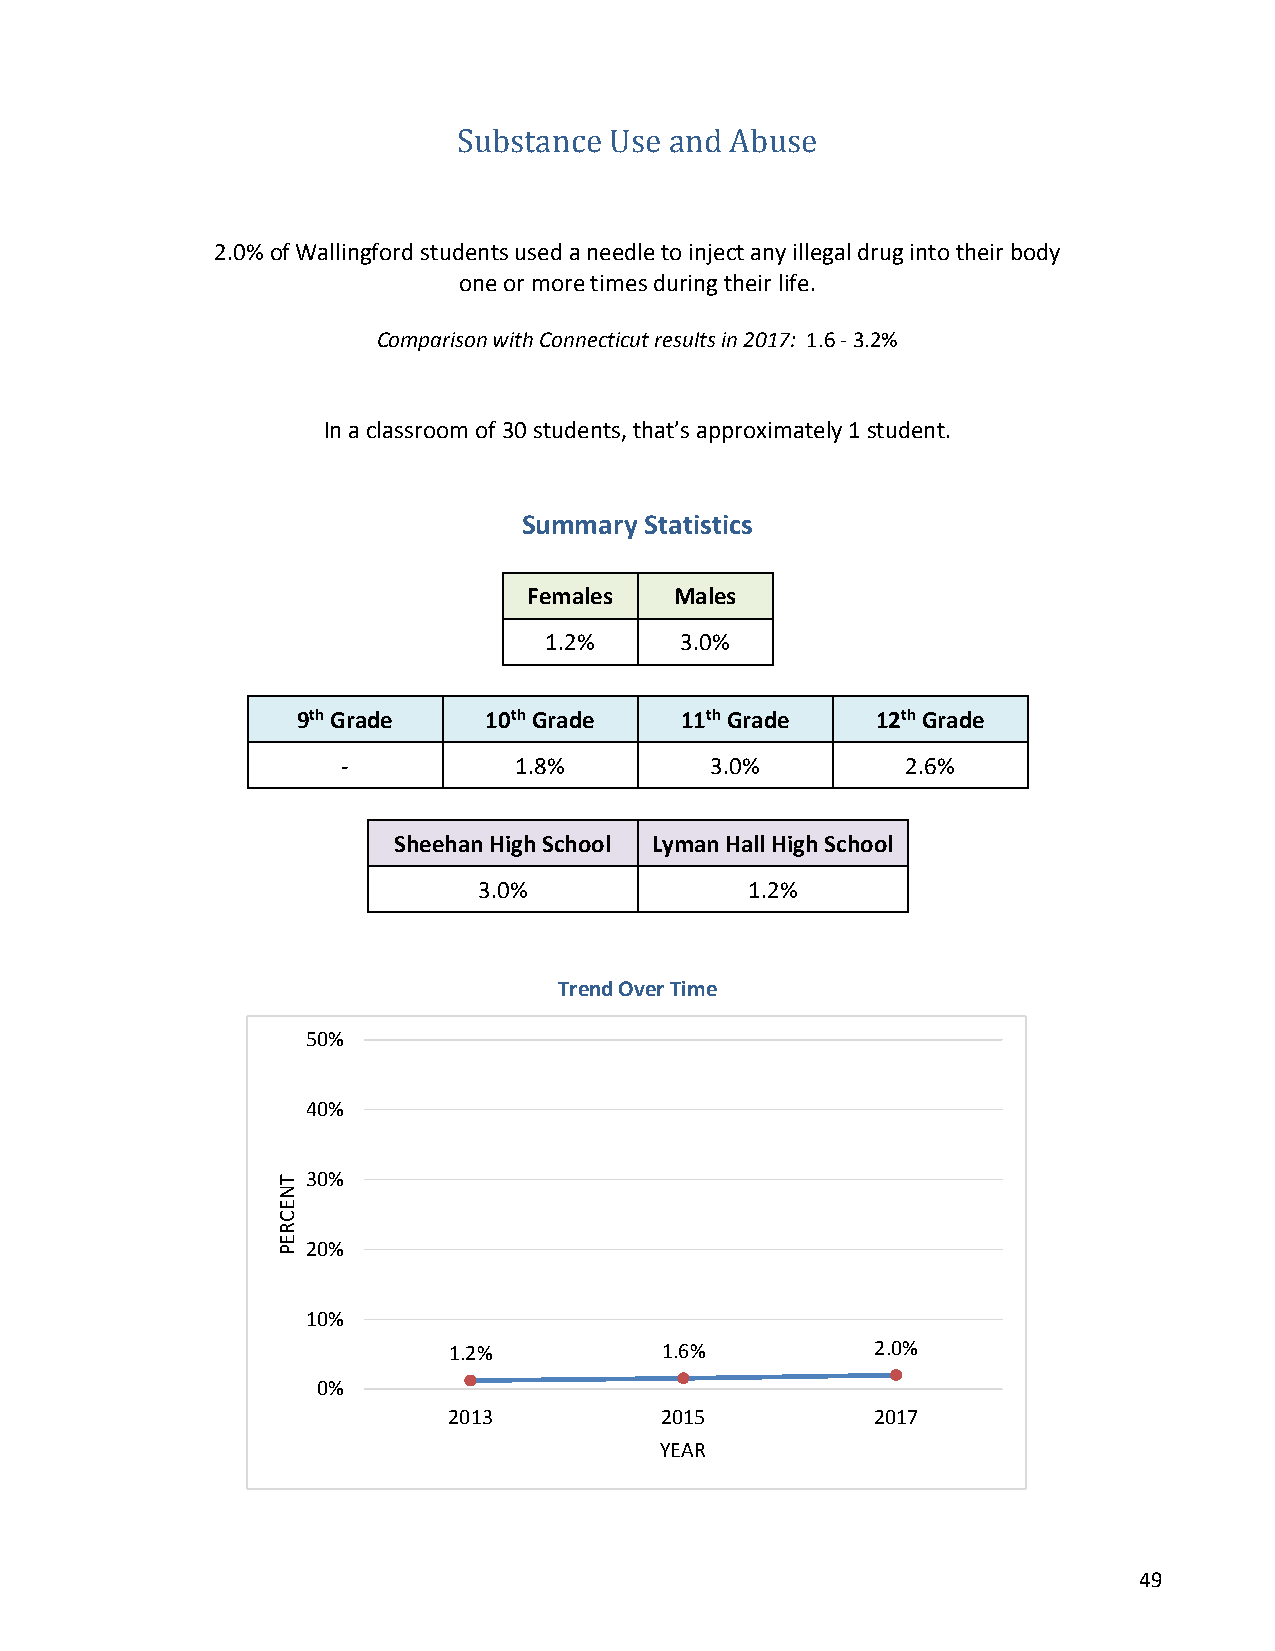
Substance Use and Abuse
 2.0% of Wallingford students used a needle to inject any illegal drug into their body
 one or more times during their life.
 Comparison with Connecticut results in 2017: 1.6 - 3.2%
 In a classroom of 30 students, that’s approximately 1 student.
 Summary Statistics
 Females   Males
 1.2%     3.0%
 9th Grade   10th Grade   11th Grade   12th Grade
 -          1.8%         3.0%         2.6%
 Sheehan High School Lyman Hall High School
 3.0%              1.2%
 Trend Over Time
 50%
 40%
 30%
 20%
 10%
 1.2%          1.6%          2.0%
 0%
 2013          2015          2017
 YEAR
 49
 TNECREP